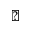
\diagup